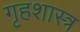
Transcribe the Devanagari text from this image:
गृहशास्त्र